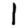
Digit: 1